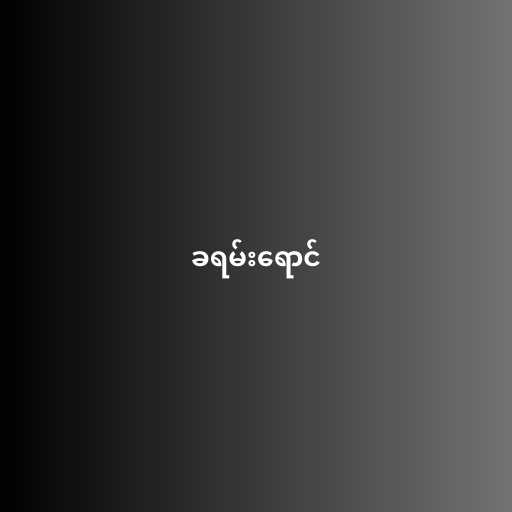
ခရမ်းရောင်